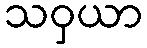
သဝှယာ